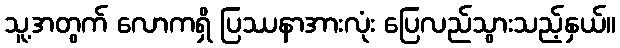
သူ့အတွက် လောကရှိ ပြဿနာအားလုံး ပြေလည်သွားသည့်နှယ်။